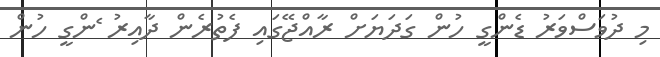
މި ދުވަސްވަރު ޑެންގީ ހުން ގަދަޔަށް ރާއްޖޭގައި ފެތުރެން ދާއިރު ެންގީ ހުން